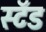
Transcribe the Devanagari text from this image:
स्‍टॅड